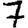
Digit: 7